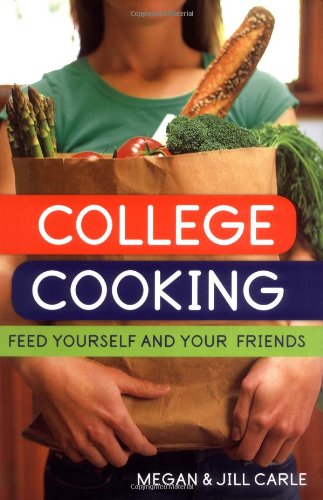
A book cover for College Cooking: Feed Yourself and Your Friends; Megan Carle; Cookbooks, Food & Wine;